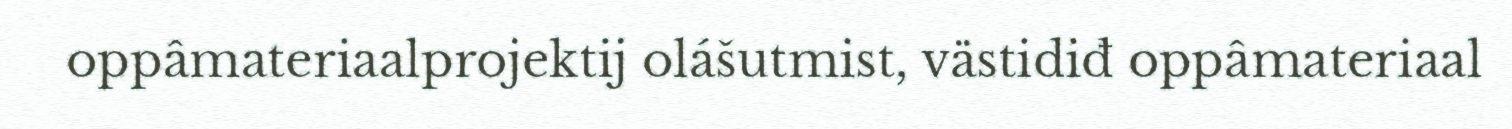
oppâmateriaalprojektij olášutmist, västidiđ oppâmateriaal